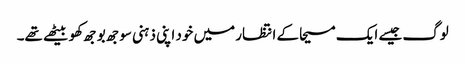
لوگ جیسے ایک مسیحا کے انتظار میں خود اپنی ذہنی سوجھ بوجھ کھو بیٹھے تھے۔